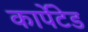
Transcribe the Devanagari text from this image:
कार्पेटेड